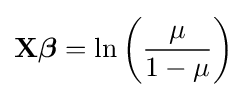
\mathbf {X} {\boldsymbol {\beta }}=\ln \left({\frac {\mu }{1-\mu }}\right)\,\!